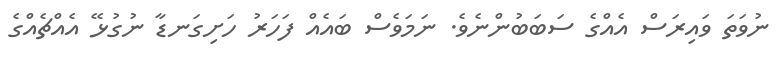
ނުވަތަ ވައިރަސް އެއްގެ ސަބަބުންނެވެ. ނަމަވެސް ބައެއް ފަހަރު ހަށިގަނޑާ ނުގުޅޭ އެއްޗެއްގެ